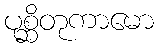
ပုစ္ဆိတုကာမော